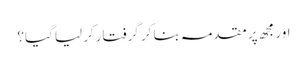
اور مجھ پر مقدمہ بنا کر گرفتار کرلیا گیا؟